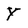
Character: Y